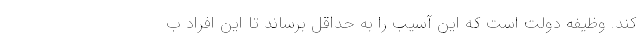
کند. وظیفه دولت است که این آسیب را به حداقل برساند تا این افراد ب